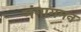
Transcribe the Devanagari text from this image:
गंगागमन